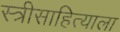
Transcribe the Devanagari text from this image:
स्त्रीसाहित्याला